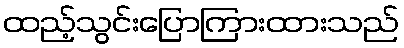
ထည့်သွင်းပြောကြားထားသည်